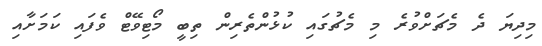
މިދިޔަ ދެ މެޗަށްވުރެ މި މެޗުގައި ކުޅުންތެރިން ތިބީ މޯޓިވޭޓް ވެފައި ކަމަށާއި